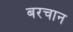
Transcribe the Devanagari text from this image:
बरचान